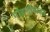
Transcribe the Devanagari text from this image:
मांडणीबाबत